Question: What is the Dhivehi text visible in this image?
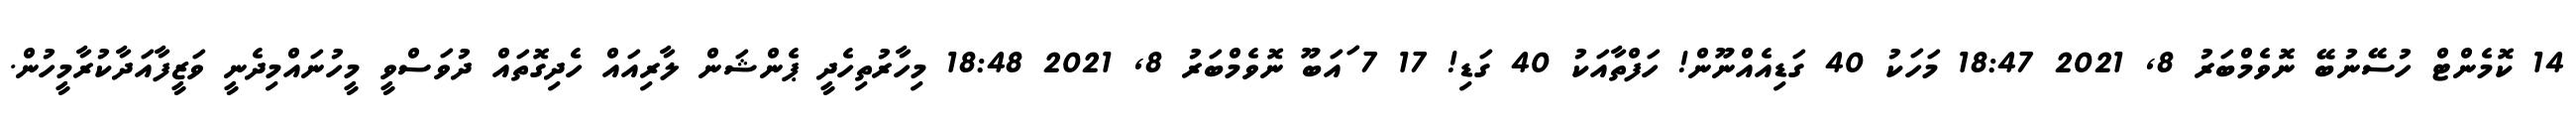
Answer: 14 ކޮމެންޓް ހުސޭނުބޭ ނޮވެމްބަރު 8, 2021 18:47 މަހަކު 40 ގަޑިއެއްނޫން! ހަފްތާއަކު 40 ގަޑި! 17 7 ައަބޫ ނޮވެމްބަރު 8, 2021 18:48 މިހާރުތިހެދީ ޕެންޝަން ލާރިއައް ހެދިގޮތައް ދުވަސްވީ މީހުނައްމިދެނީ ވަޒީފާއަދާކުރާމީހުން.